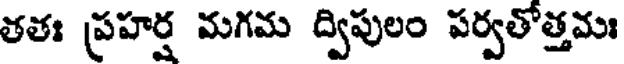
తతః ప్రహర్ష మగమ ద్విపులం పర్వతోత్తమః